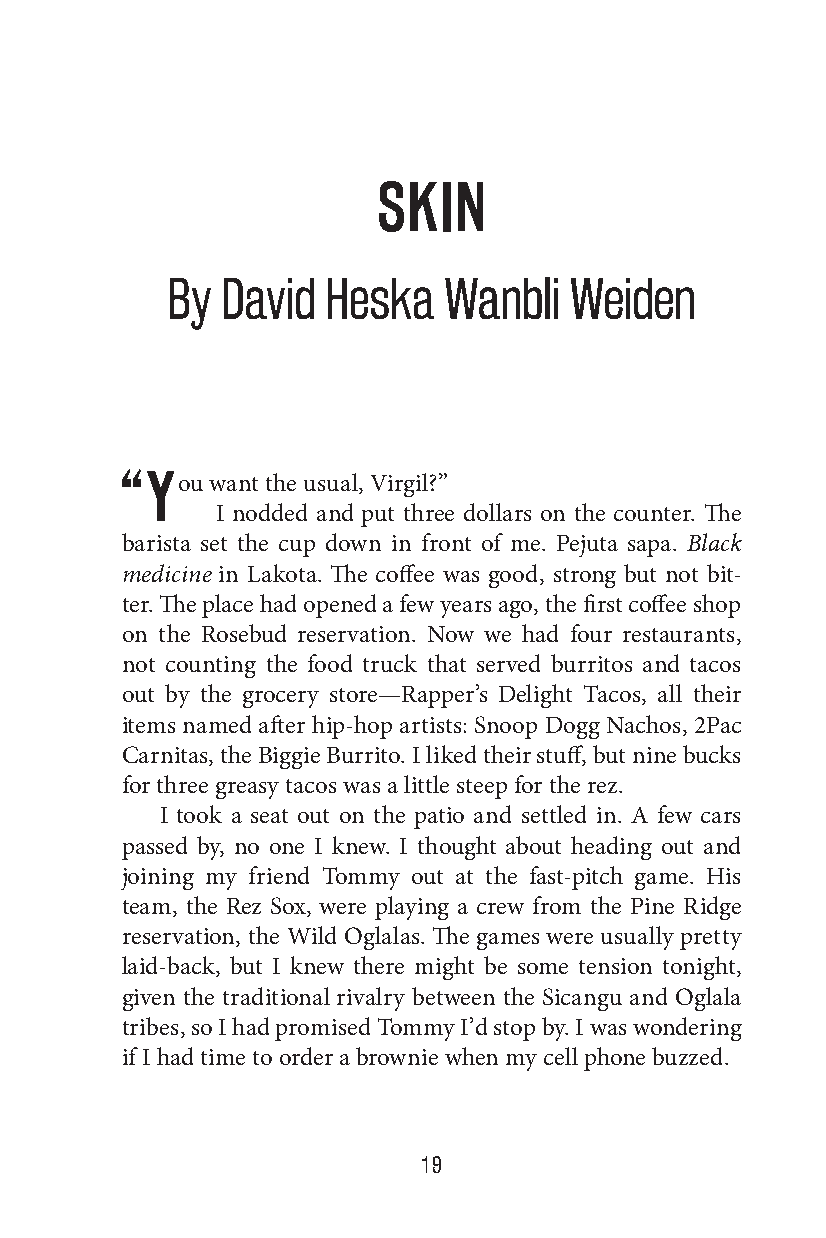
SKIN
 By  David  Heska  Wanbli   Weiden
 “You  want the usual, Virgil?”
 I nodded and put three dollars on the counter. The
 barista set the cup down in front of me. Pejuta sapa. Black
 medicine in Lakota. The coffee was good, strong but not bit-
 ter. The place had opened a few years ago, the first coffee shop
 on the Rosebud reservation. Now we had four restaurants,
 not counting the food truck that served burritos and tacos
 out by the grocery store—Rapper’s Delight Tacos, all their
 items named after hip-hop artists: Snoop Dogg Nachos, 2Pac
 Carnitas, the Biggie Burrito. I liked their stuff, but nine bucks
 for three greasy tacos was a little steep for the rez.
 I took a seat out on the patio and settled in. A few cars
 passed by, no one I knew. I thought about heading out and
 joining my friend Tommy out at the fast-pitch game. His
 team, the Rez Sox, were playing a crew from the Pine Ridge
 reservation, the Wild Oglalas. The games were usually pretty
 laid-back, but I knew there might be some tension tonight,
 given the traditional rivalry between the Sicangu and Oglala
 tribes, so I had promised Tommy I’d stop by. I was wondering
 if I had time to order a brownie when my cell phone buzzed.
 19